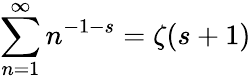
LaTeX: \sum_{n=1}^{\infty}n^{-1-s}=\zeta(s+1)